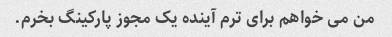
من می خواهم برای ترم آینده یک مجوز پارکینگ بخرم.